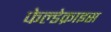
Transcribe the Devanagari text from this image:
फेल्डेक्राइस